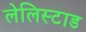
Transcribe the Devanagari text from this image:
लेलिस्टाड